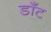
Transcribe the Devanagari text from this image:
डॉँट